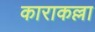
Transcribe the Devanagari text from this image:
काराकल्ला